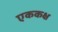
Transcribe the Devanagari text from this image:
एककक्ष